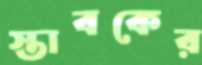
স্তাবকের